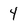
Character: 4